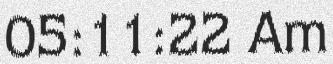
05:11:22 Am